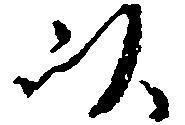
以